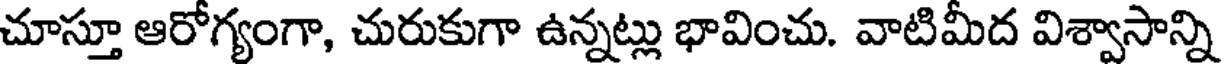
చూస్తూ ఆరోగ్యంగా, చురుకుగా ఉన్నట్లు భావించు. వాటిమీద విశ్వాసాన్ని